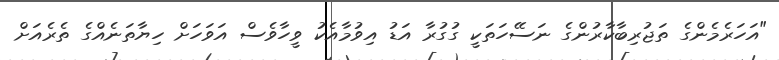
"އަހަރެމެންގެ ތަޖުރިބާކާރުންގެ ނަސޭހަތަކީ ގުގުރާ އަޑު އިވުމާއެކު ވީހާވެސް އަވަހަށް ހިޔާތަނެއްގެ ތެރެއަށް